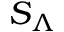
S _ { \Lambda }